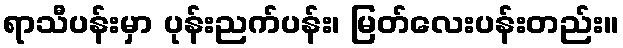
ရာသီပန်းမှာ ပုန်းညက်ပန်း၊ မြတ်လေးပန်းတည်း။